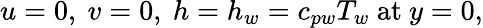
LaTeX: u=0,\ v=0,\ h=h_{w}=c_{pw}T_{w}\ {\mathrm{at}}\ y=0,